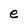
Character: e